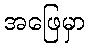
အဖြေမှာ